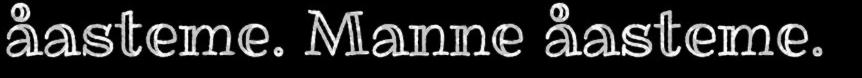
åasteme. Manne åasteme.